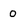
Character: 0